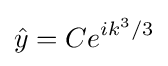
{\hat {y}}=Ce^{ik^{3}/3}